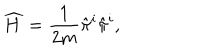
LaTeX: \widehat { H } = \frac { 1 } { 2 m } \hat { \pi } ^ { i } \hat { \pi } ^ { i } ,